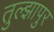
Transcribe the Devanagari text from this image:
तुल्झापुर